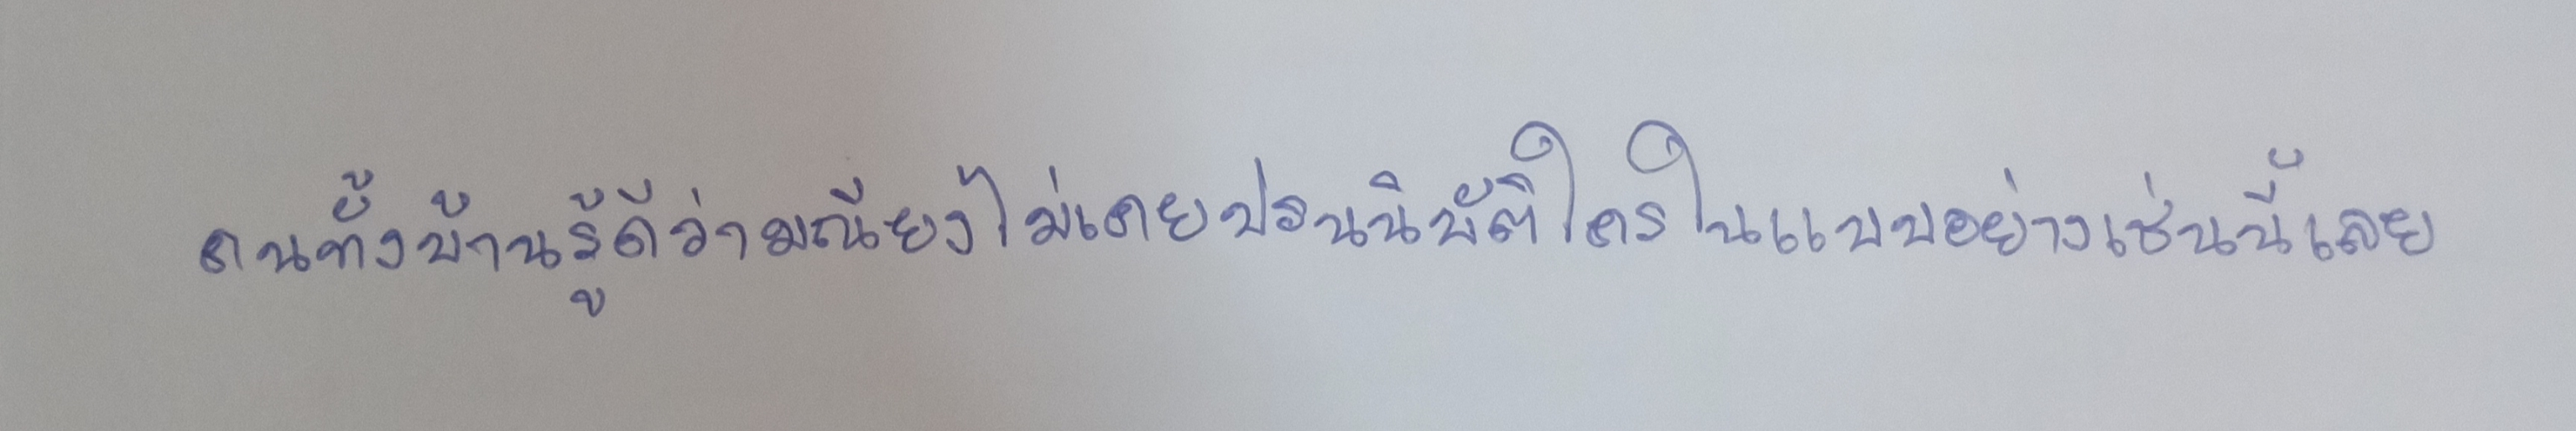
คนทั้งบ้านรู้ดีว่ามณียงไม่เคยปรนนิบัติใครในแบบอย่างเช่นนี้เลย